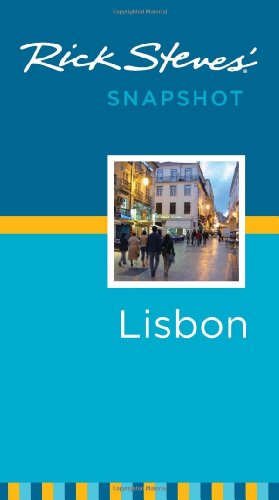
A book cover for Rick Steves' Snapshot Lisbon; Rick Steves; Travel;